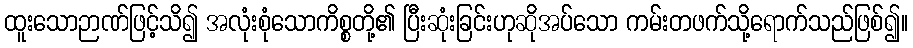
ထူးသောဉာဏ်ဖြင့်သိ၍ အလုံးစုံသောကိစ္စတို့၏ ပြီးဆုံးခြင်းဟုဆိုအပ်သော ကမ်းတဖက်သို့ရောက်သည်ဖြစ်၍။